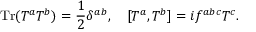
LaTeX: \operatorname { T r } ( T ^ { a } T ^ { b } ) = { \frac { 1 } { 2 } } \delta ^ { a b } , \quad [ T ^ { a } , T ^ { b } ] = i f ^ { a b c } T ^ { c } .